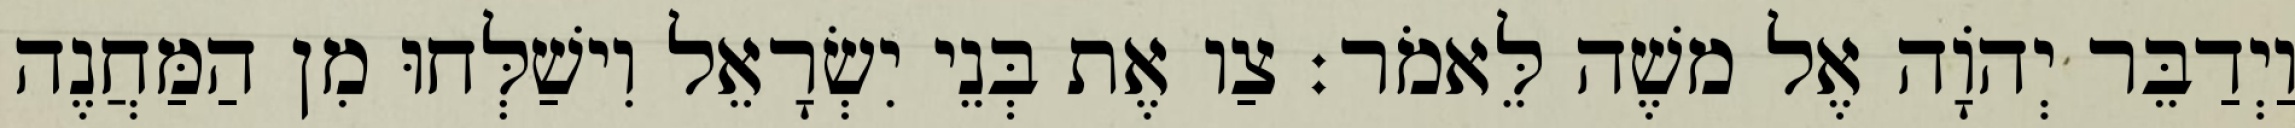
וַיְדַבֵּר יְהוָֹה אֶל משֶׁה לֵּאמֹר׃ צַו אֶת בְּנֵי יִשְׂרָאֵל וִישַׁלְּחוּ מִן הַמַּחֲנֶה